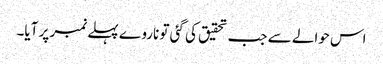
اس حوالے سے جب تحقیق کی گئی تو ناروے پہلے نمبر پر آیا۔